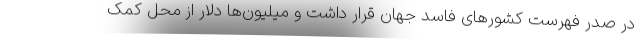
در صدر فهرست کشورهای فاسد جهان قرار داشت و میلیون‌ها دلار از محل کمک